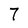
Character: 7